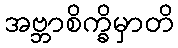
အဗ္ဘာစိက္ခိမှာတိ